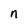
Character: n